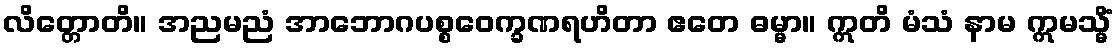
လိတ္တောတိ။ အညမညံ အာဘောဂပစ္စဝေက္ခဏရဟိတာ ဧတေ ဓမ္မာ။ ဣတိ မံသံ နာမ ဣမသ္မိံ